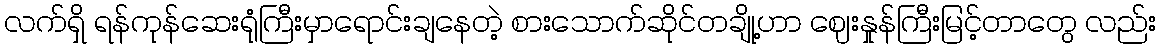
လက်ရှိ ရန်ကုန်ဆေးရုံကြီးမှာရောင်းချနေတဲ့ စားသောက်ဆိုင်တချို့ဟာ ဈေးနှုန်ကြီးမြင့်တာတွေ လည်း